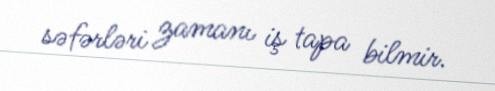
səfərləri zamanı iş tapa bilmir.